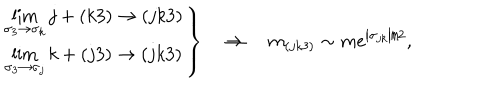
LaTeX: \left. \begin{array} { c } { { \lim _ { \sigma _ { 3 } \rightarrow \sigma _ { k } } j + ( k 3 ) \rightarrow ( j k 3 ) } } \\ { { \lim _ { \sigma _ { 3 } \rightarrow \sigma _ { j } } k + ( j 3 ) \rightarrow ( j k 3 ) } } \\ \end{array} \right\} \quad \Rightarrow \quad m _ { ( j k 3 ) } \sim m e ^ { \left| \sigma _ { j k } \right| / 2 } ,